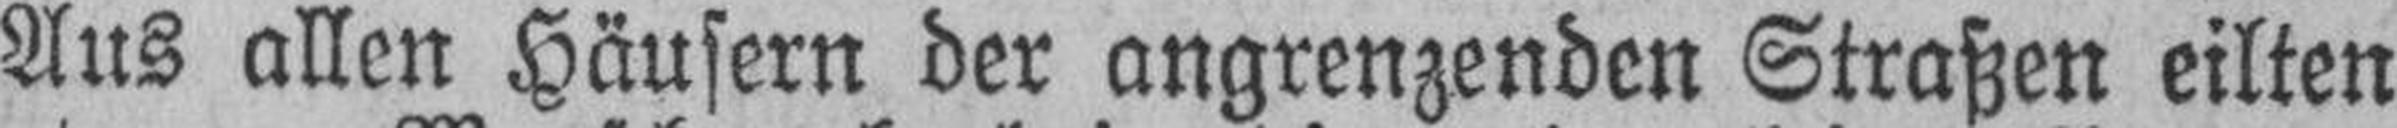
Aus allen Häusern der angrenzenden Straßen eilten